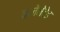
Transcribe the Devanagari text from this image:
क्लेमेटेड